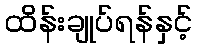
ထိန်းချုပ်ရန်နှင့်